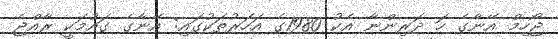
ޖޯހިމް އޭނާގެ ހަ ދަރިންނާ އެކު 1980ގެ އަހަރުތަކުގައި: އޭނާގެ ގައުމަކީ ރާއްޖެ